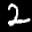
Label: 2